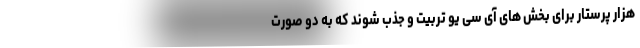
هزار پرستار برای بخش های آی سی یو تربیت و جذب شوند که به دو صورت